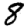
Digit: 8